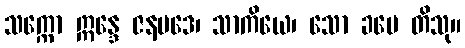
သက္ကော ဣန္ဒေ ဇနပဒေ၊ သာကိယေ၊ သော ခမေ တိသု။